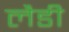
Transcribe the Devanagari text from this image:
लैडी